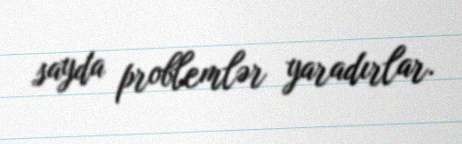
sayda problemlər yaradırlar.